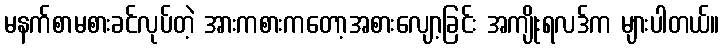
မနက်စာမစားခင်လုပ်တဲ့ အားကစားကတော့အစားလျော့ခြင်း အကျိုးရလဒ်က များပါတယ်။